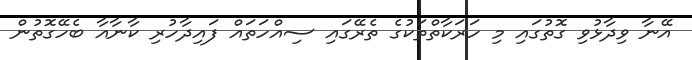
އޭނާ ވިދާޅުވި ގޮތުގައި މި ހަރަކާތްތަކުގެ ތެރޭގައި ސިއްހަތައް ފައިދާހުރި ކާނާއާ ބެހޭގޮތުން